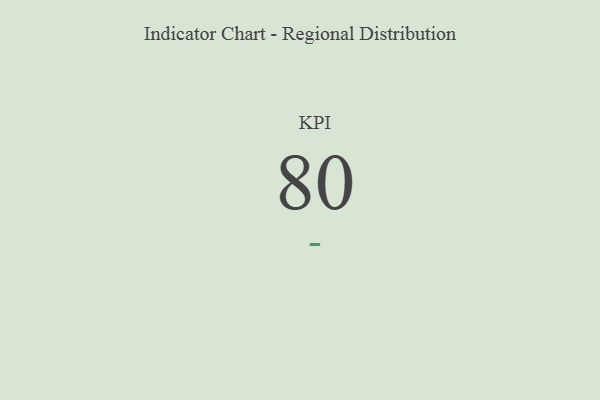
{"axis": {"x": "KPI", "y": "Value"}, "legend": [""], "data": [{"x": "KPI", "y": 80, "type": ""}]}